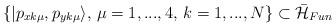
LaTeX: \begin{align*}\{|p_{xk\mu},p_{yk\mu}\rangle ,\,\mu=1,...,4,\,k=1,...,N\}\subset \bar{\mathcal{H}}_{Fun}\end{align*}